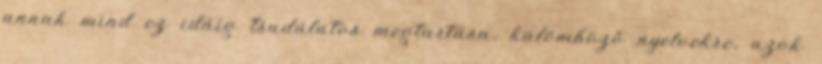
annak mind ez idáig tsudálatos megtartása, külömböző nyelvekre, azok